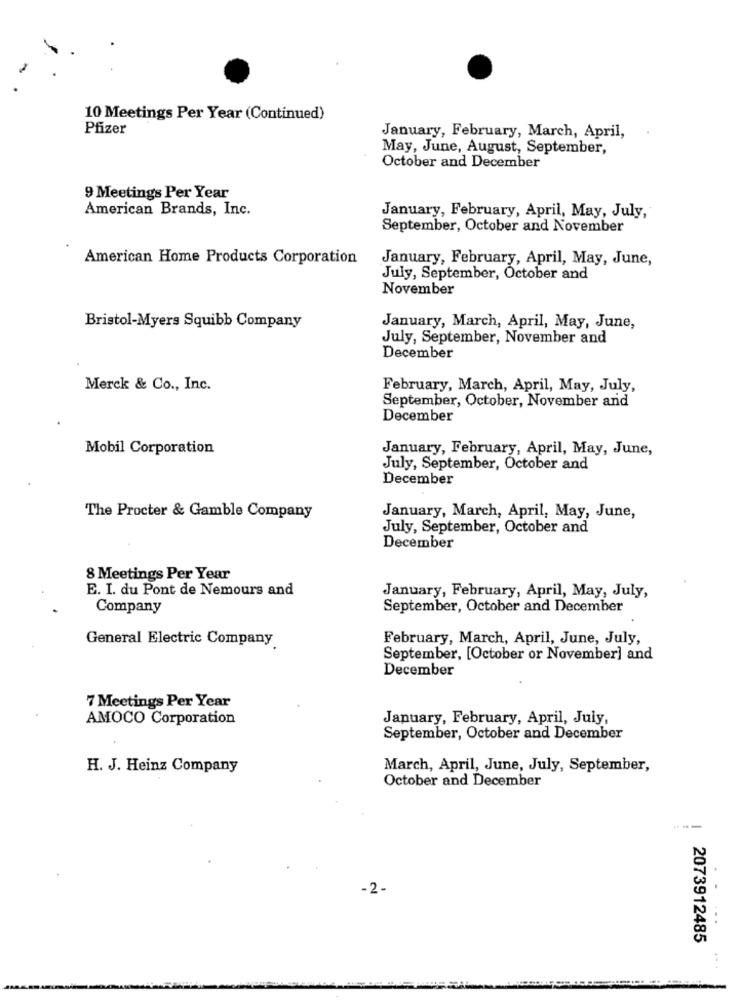
10 Meetings Per Year (Continued)
Pfizer
January, February, March, April,
May, June, August, September,
October and December
9 Meetings Per Year
American Brands, Inc.
January, February, April, May, July,
September, October and November
American Home Products Corporation
January, February, April, May, June,
July, September, October and
November
Bristol-Myers Squibb Company
January, March, April, May, June,
July, September, November and
December
Merck & Co ., Inc.
February, March, April, May, July,
September, October, November and
December
Mobil Corporation
January, February, April, May, June,
July, September, October and
December
The Procter & Gamble Company
January, March, April, May, June,
July, September, October and
December
8 Meetings Per Year
E. I. du Pont de Nemours and
January, February, April, May, July,
Company
September, October and December
General Electric Company
February, March, April, June, July,
September, [October or November] and
December
7 Meetings Per Year
AMOCO Corporation
January, February, April, July,
September, October and December
H. J. Heinz Company
March, April, June, July, September,
October and December
---
-2-
..
2073912485